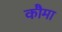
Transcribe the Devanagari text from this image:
कौमा